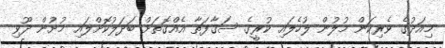
މިއަދުގެ ވެރިކަން މުލުން ލުހެލައި ކުރީގެ ސަޤާފަތާ އެއްގޮތަށް ބަދަލުކޮށްލައި މުށުން ދޫވި